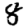
Digit: 8